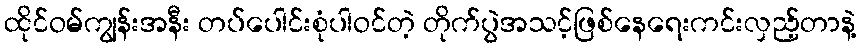
ထိုင်ဝမ်ကျွန်းအနီး တပ်ပေါင်းစုံပါဝင်တဲ့ တိုက်ပွဲအသင့်ဖြစ်နေရေးကင်းလှည့်တာနဲ့